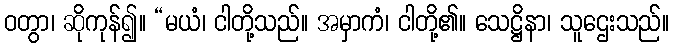
ဝတွာ၊ ဆိုကုန်၍။ “မယံ၊ ငါတို့သည်။ အမှာကံ၊ ငါတို့၏။ သေဋ္ဌိနာ၊ သူဌေးသည်။